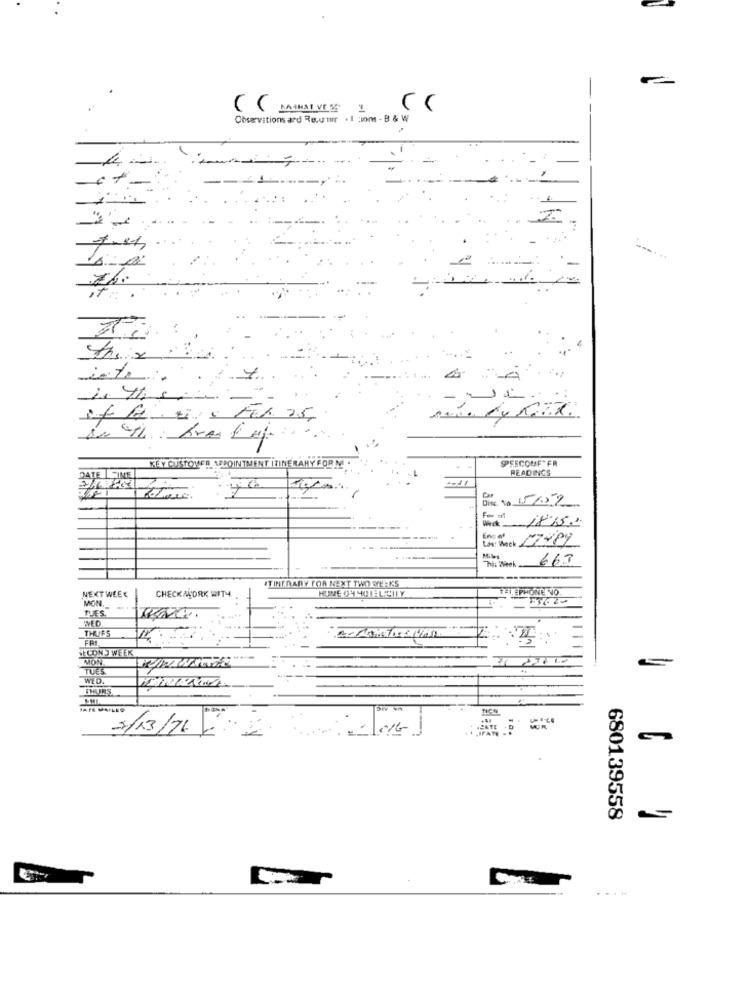
L
Observations and Recu-nrr . I cions - B & W
it:
inte :.
is the sin
PPEECOUF FR
KEY CUSTOMER APPOINTMENT ITINERARY FORM
READINGS
PATE I SINE
Dine. No 15/59
Weck 18.15."
Low: Wack LiYCy
663
This Week
ITINERARY FOR NEXT TWO WEEKS
NEXTWEEK
TELEPHONE NO
MON.
CHECK ACORK WITH
TUES.
THUFS
SELONJ WEEK
MON
TUES
WED.
THURS
ATE MAILED
2/13/76
680139558
....